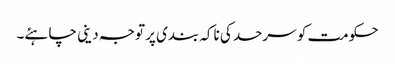
حکومت کو سرحد کی ناکہ بندی پر توجہ دینی چاہئے۔